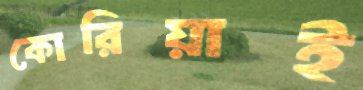
কোরিয়াই